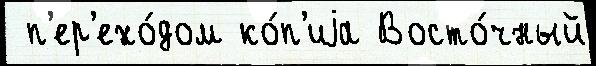
 п'ер'ехо́дом ко́п'иjа Восто́чный